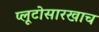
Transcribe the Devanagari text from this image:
प्लूटोसारखाच